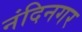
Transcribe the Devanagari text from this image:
नंदिनगर